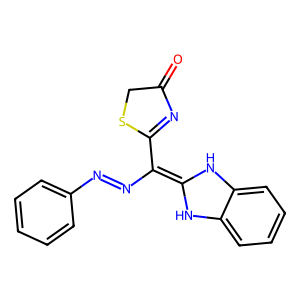
SMILES: O=C1CSC(C(N=Nc2ccccc2)=C2Nc3ccccc3N2)=N1
Inhibits HIV replication: No